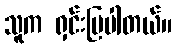
သူက ရှင်းပြပါတယ်။